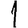
Digit: 1